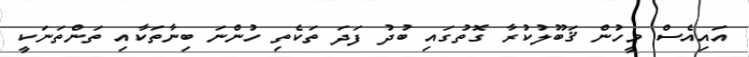
އައިއެސް މީހުން ޤަބޫލުކުރާ ގޮތުގައި ބުދު ފަދަ ތަކެތި ހުންނަ ބިނާތަކާއި ތަންތަނަކީ